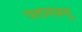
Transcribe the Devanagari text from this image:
पदमप्रमु